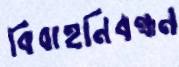
বিবাহনিবন্ধন